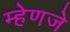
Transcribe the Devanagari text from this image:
म्हेणजे